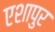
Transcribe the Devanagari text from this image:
एशापुर